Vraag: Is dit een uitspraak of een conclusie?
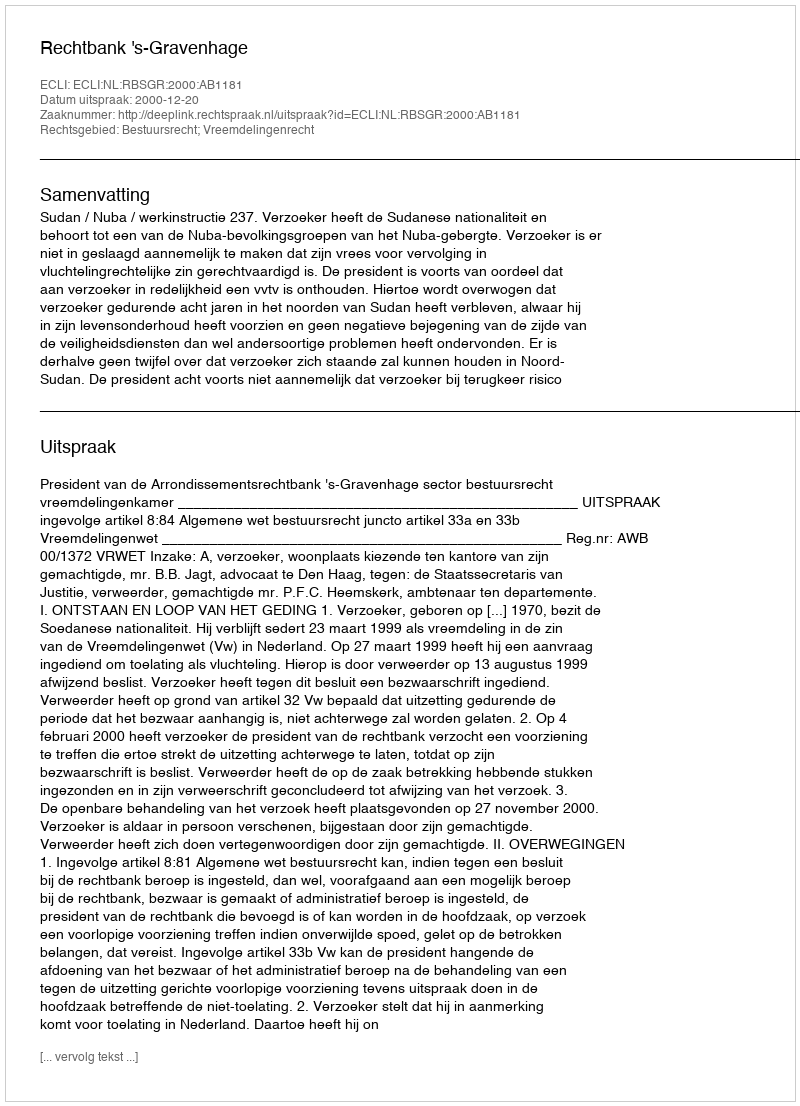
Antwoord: Uitspraak